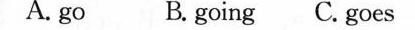
A.go B. going C. goes